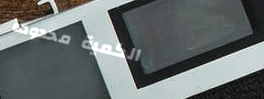
الكمية محدودة